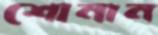
শোনান